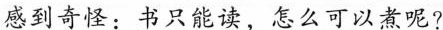
感到奇怪：书只能读，怎么可以煮呢?